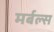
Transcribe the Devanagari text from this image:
मर्बल्स